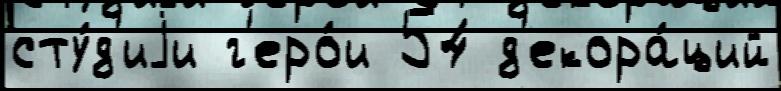
сту́д'иjи г'еро́и 54 д'екора́ций